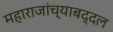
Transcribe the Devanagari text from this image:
महाराजांच्याबद्दल